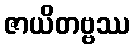
ဇာယိတဗ္ဗဿ